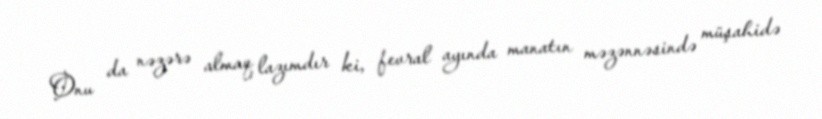
Onu da nəzərə almaq lazımdır ki, fevral ayında manatın məzənnəsində müşahidə